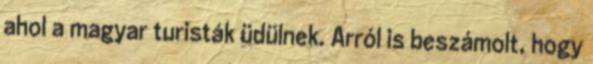
ahol a magyar turisták üdülnek. Arról is beszámolt, hogy